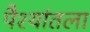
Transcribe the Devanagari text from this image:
पैश्‍यांतला